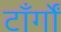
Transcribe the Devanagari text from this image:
टाँर्गों